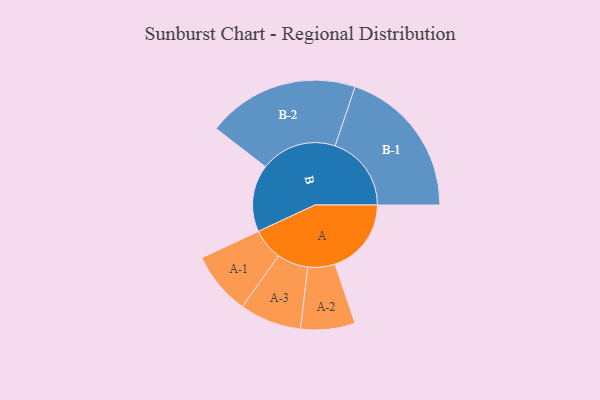
{"axis": {"x": "Segment", "y": "Value"}, "legend": ["", "A", "B"], "data": [{"x": "A", "y": 281, "type": ""}, {"x": "B", "y": 247, "type": ""}, {"x": "A-1", "y": 116, "type": "A"}, {"x": "A-2", "y": 100, "type": "A"}, {"x": "A-3", "y": 114, "type": "A"}, {"x": "B-1", "y": 281, "type": "B"}, {"x": "B-2", "y": 280, "type": "B"}]}